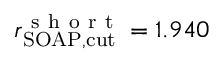
r _ { \mathrm { S O A P , c u t } } ^ { \mathrm { ~ s ~ h ~ o ~ r ~ t ~ } } = 1 . 9 4 0